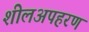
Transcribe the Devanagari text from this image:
शीलअपहरण